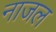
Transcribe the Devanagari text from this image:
नाजल